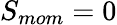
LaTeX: S_{mom}=0